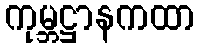
ကုမ္ဘဋ္ဌာနကထာ